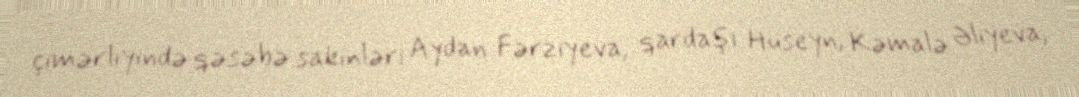
çimərliyində qəsəbə sakinləri Aydan Fərziyeva, qardaşı Hüseyn, Kəmalə Əliyeva,